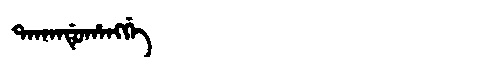
Manchu: ᡨᠠᡴᠠᠨᡩᡠᡥᠠᠩᡤᡝ
Romanization: TAKANDUHANGGE